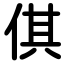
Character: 倛